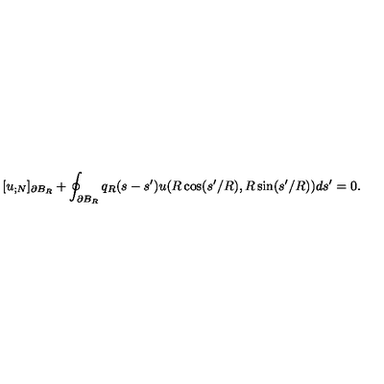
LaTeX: [ u _ { ; N } ] _ { \partial B _ { R } } + \oint _ { \partial B _ { R } } q _ { R } ( s - s ^ { \prime } ) u ( R \cos ( s ^ { \prime } / R ) , R \sin ( s ^ { \prime } / R ) ) d s ^ { \prime } = 0 .